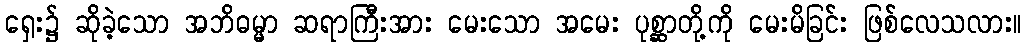
ရှေး၌ ဆိုခဲ့သော အဘိဓမ္မာ ဆရာကြီးအား မေးသော အမေး ပုစ္ဆာတို့ကို မေးမိခြင်း ဖြစ်လေသလား။